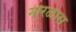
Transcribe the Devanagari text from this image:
नारळास